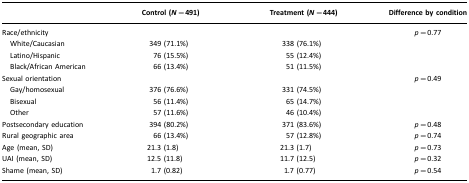
|  | Control (N=491) | Treatment (N=444) | Difference by condition |
 | --- | --- | --- | --- |
 | Race/ethnicity |  |  | p=0.77 |
 | White/Caucasian | 349 (71.1%) | 338 (76.1%) |  |
 | Latino/Hispanic | 76 (15.5%) | 55 (12.4%) |  |
 | Black/African American | 66 (13.4%) | 51 (11.5%) |  |
 | Sexual orientation |  |  | p=0.49 |
 | Gay/homosexual | 376 (76.6%) | 331 (74.5%) |  |
 | Bisexual | 56 (11.4%) | 65 (14.7%) |  |
 | Other | 57 (11.6%) | 46 (10.4%) |  |
 | Postsecondary education | 394 (80.2%) | 371 (83.6%) | p=0.48 |
 | Rural geographic area | 66 (13.4%) | 57 (12.8%) | p=0.74 |
 | Age (mean, SD) | 21.3 (1.8) | 21.3 (1.7) | p=0.73 |
 | UAI (mean, SD) | 12.5 (11.8) | 11.7 (12.5) | p=0.32 |
 | Shame (mean, SD) | 1.7 (0.82) | 1.7 (0.77) | p=0.54 |